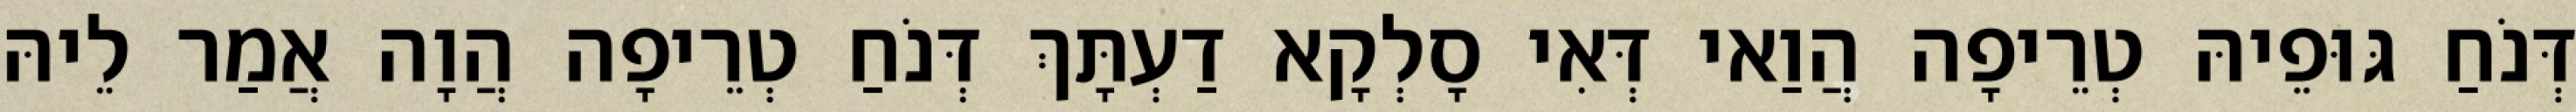
דְּנֹחַ גּוּפֵיהּ טְרֵיפָה הֲוַאי דְּאִי סָלְקָא דַעְתָּךְ דְּנֹחַ טְרֵיפָה הֲוָה אֲמַר לֵיהּ